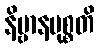
နိဗ္ဗာနမုစ္စတိ